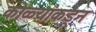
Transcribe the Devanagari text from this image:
कोळ्यांकडून